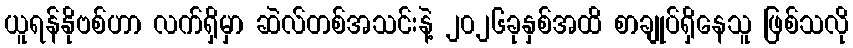
ယူရန်နိုဗစ်ဟာ လက်ရှိမှာ ဆဲလ်တစ်အသင်းနဲ့ ၂၀၂၆ခုနှစ်အထိ စာချုပ်ရှိနေသူ ဖြစ်သလို